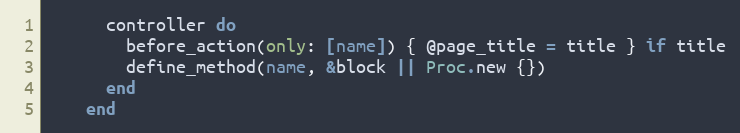
Language: Ruby
      controller do
        before_action(only: [name]) { @page_title = title } if title
        define_method(name, &block || Proc.new {})
      end
    end